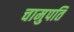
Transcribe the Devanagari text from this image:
चामुपति